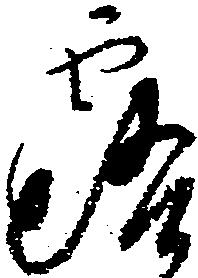
露